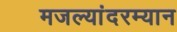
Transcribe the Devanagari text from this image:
मजल्यांदरम्यान